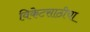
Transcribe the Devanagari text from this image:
विकेटसाठीचा